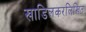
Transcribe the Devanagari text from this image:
खाडिलकरलिखित